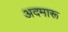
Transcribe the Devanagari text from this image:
अदमारू